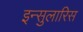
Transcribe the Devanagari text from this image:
इन्सुलारिस